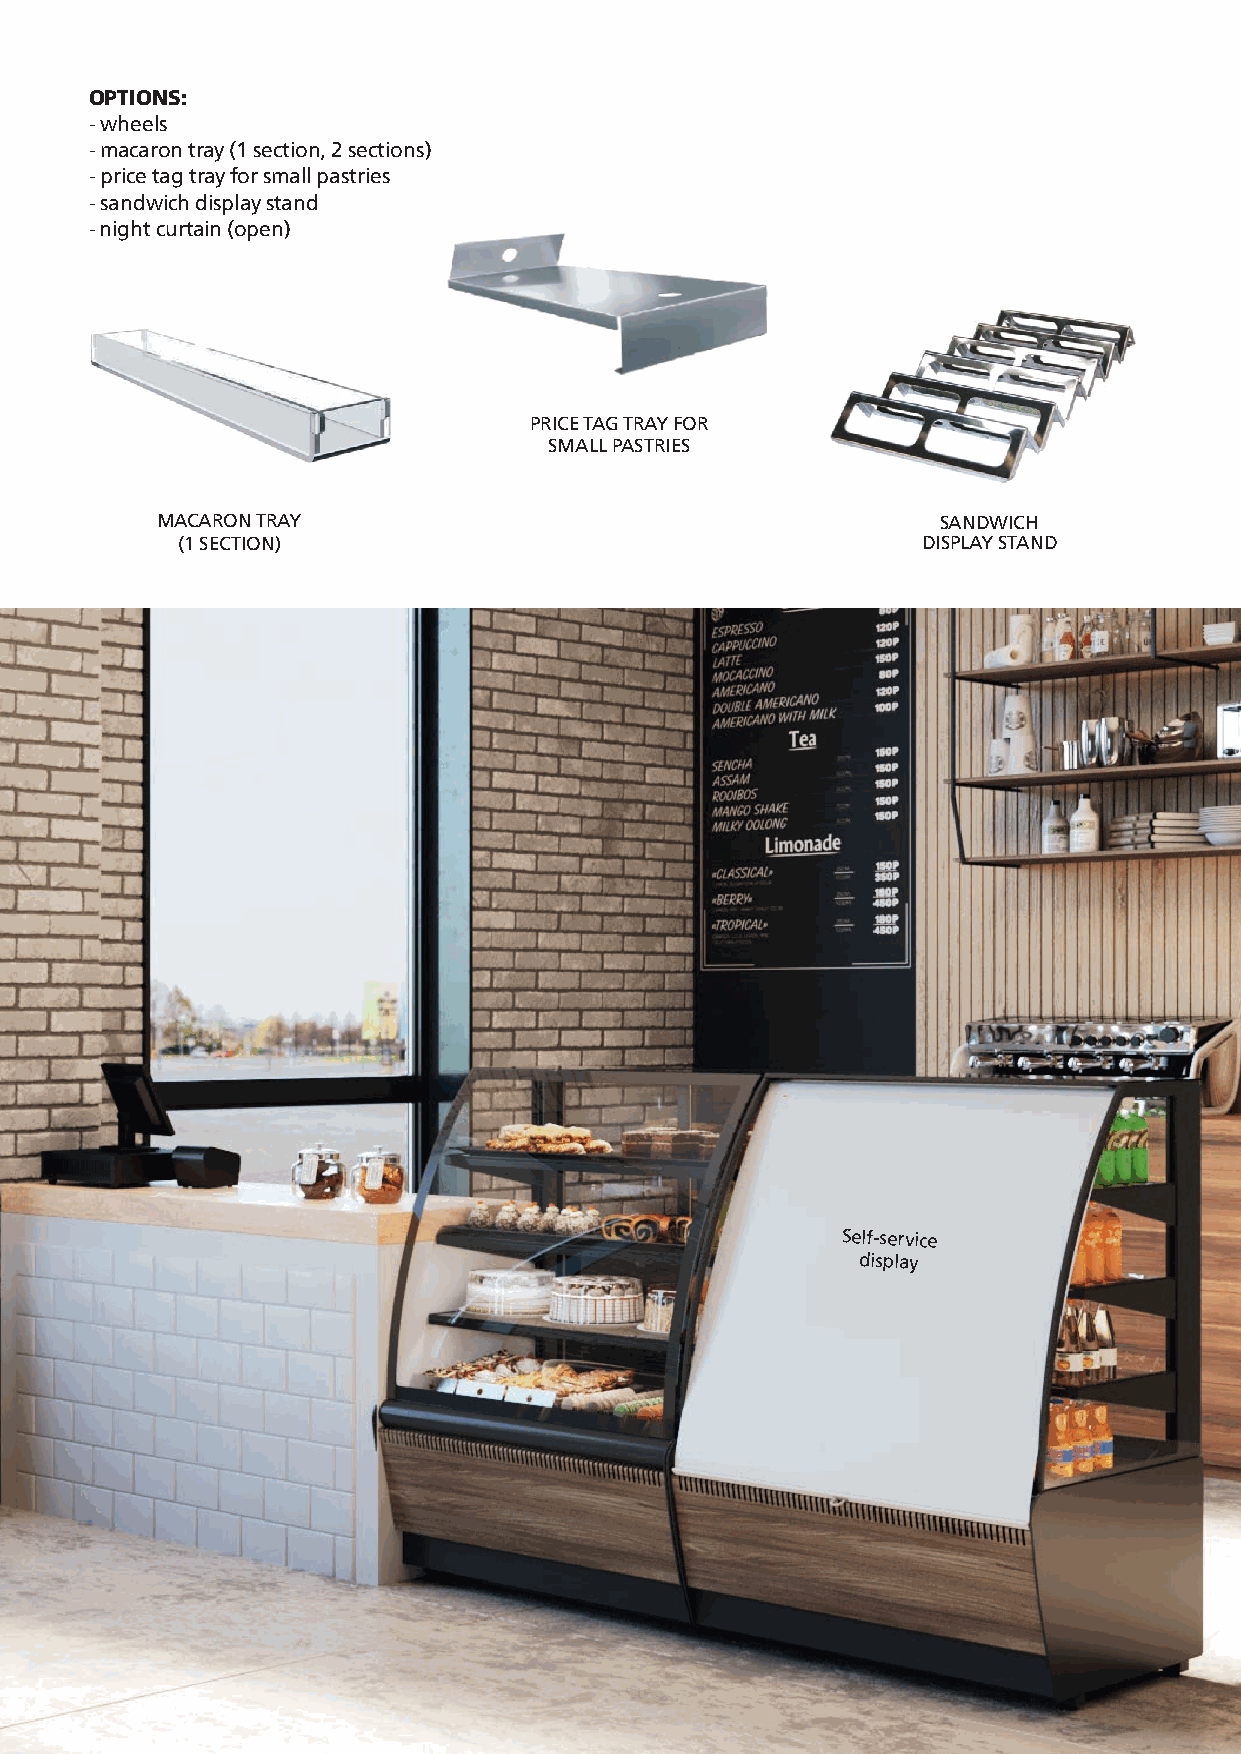
OPTIONS:
 - wheels
 - macaron tray (1 section, 2 sections)
 - price tag tray for small pastries
 - sandwich display stand
 - night curtain (open)
 PRICE TAG TRAY FOR
 SMALL PASTRIES
 MACARON TRAY                                        SANDWICH
 (1 SECTION)                                      DISPLAY STAND
 Self-service
 display